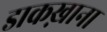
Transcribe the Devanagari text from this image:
डाकख़ाना